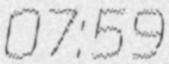
07:59